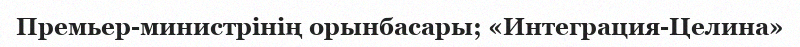
Премьер-министрінің орынбасары; «Интеграция-Целина»